Report of the Indian Hemp Drugs Commission, 1894-1895 - Volume III
Year: 1894
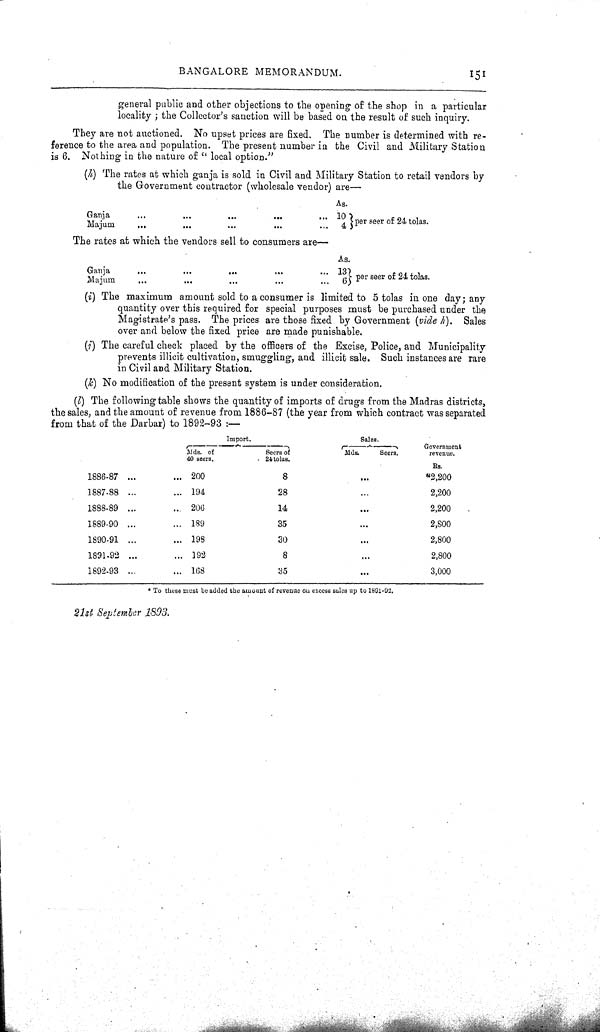
BANGALORE MEMORANDUM.
151
general public and other objections to the opening of the shop in a particular
locality; the Collector's sanction will be based on the result of such inquiry.
They are not auctioned. No upset prices are fixed. The number is determined with re-
ference to the area and population. The present number in the Civil and Military Station
is 6. Nothing in the nature of "local option."
(h) The rates at which ganja is sold in Civil and Military Station to retail vendors by
the Government contractor (wholesale vendor) are—
As.
Ganja
10 per seer of 24 tolas.
Majum
4
The rates at which the vendors sell to consumers are—
As.
Ganja
13 per seer of 24 tolas.
Majum
6
per seer of 24 tolas.
(i) The maximum amount sold to a consumer is limited to 5 tolas in one day; any
quantity over this required for special purposes must be purchased under the
Magistrate's pass. The prices are those fixed by Government (vide h). Sales
over and below the fixed price are made punishable.
(i) The careful check placed by the officers of the Excise, Police, and Municipality
prevents illicit cultivation, smuggling, and illicit sale. Such instances are rare
in Civil and Military Station.
(k) No modification of the present system is under consideration.
(l) The following table shows the quantity of imports of drugs from the Madras districts,
the sales, and the amount of revenue from 1886-87 (the year from which contract was separated
from that of the Darbar) to 1892-93:—
Import.
Sales.
Government
Mds- of
Seers of
Mds.
Seers.
revenue.
40 seers.
24
tolas.
RS.
1886-87
200
8
*2,200
1887-88
194
28
2,200
1888-89
206
14
2,200
1889-90
189
35
2,800
1890-91
198
30
2,800
1891-92
192
8
2,800
1892-93
168
35
3,000
* To these must be added the amount of revenue on excess sales up to 1801-02.
21st September 1893.